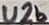
Text: U2b